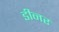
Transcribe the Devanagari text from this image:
डीनर